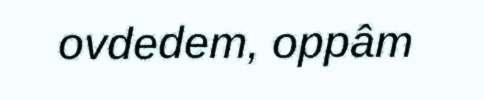
ovdedem, oppâm